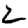
Digit: 2